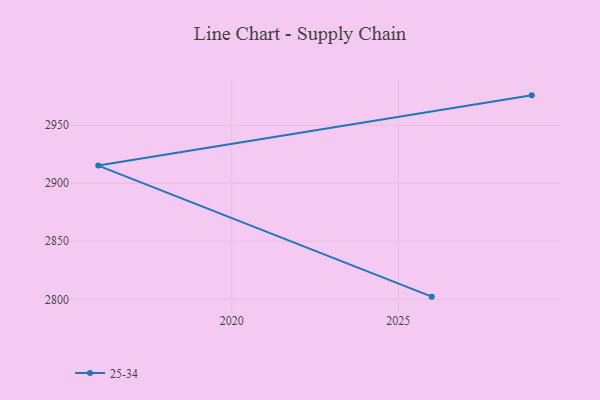
{"axis": {"x": "Year", "y": "Net Income (USD K)"}, "legend": ["25-34"], "data": [{"x": "2029", "y": 2975.7, "type": "25-34"}, {"x": "2016", "y": 2915.2, "type": "25-34"}, {"x": "2026", "y": 2802.3, "type": "25-34"}]}